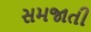
સમજાતી